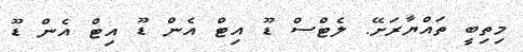
މިތިބީ ތައްޔާރަށޭ. ލެޓްސް ޑޫ އިޓް އެން ޑޫ އިޓް އެން ޑޫ